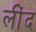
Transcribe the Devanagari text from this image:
लींद